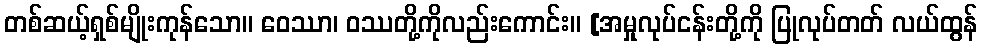
တစ်ဆယ့်ရှစ်မျိုးကုန်သော။ ဝေဿာ၊ ဝဿတို့ကိုလည်းကောင်း။ [အမှုလုပ်ငန်းတို့ကို ပြုလုပ်တတ် လယ်ထွန်